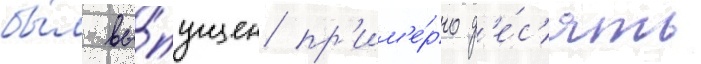
бы́л вы́пущен пр'им'е́рно д'е́с'ять